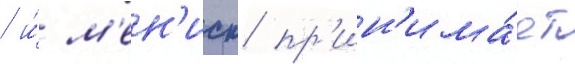
/ и́ м'ен'иск пр'ин'има́ет